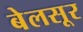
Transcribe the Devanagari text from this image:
बेलसूर